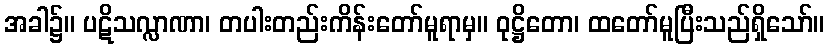
အခါ၌။ ပဋိသလ္လာဏာ၊ တပါးတည်းကိန်းတော်မူရာမှ။ ဝုဋ္ဌိတော၊ ထတော်မူပြီးသည်ရှိသော်။